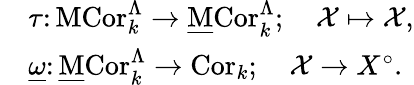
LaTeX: \begin{array}{rl}&{\tau\colon\operatorname{\mathrm{MCor}}_{k}^{\Lambda}\to\operatorname{\mathrm{\underline{{M}}Cor}}_{k}^{\Lambda};\quad\mathcal{X}\mapsto\mathcal{X},}\\ &{\underline{{\omega}}\colon\operatorname{\mathrm{\underline{{M}}Cor}}_{k}^{\Lambda}\to\operatorname{\mathrm{Cor}}_{k};\quad\mathcal{X}\to X^{\circ}.}\end{array}